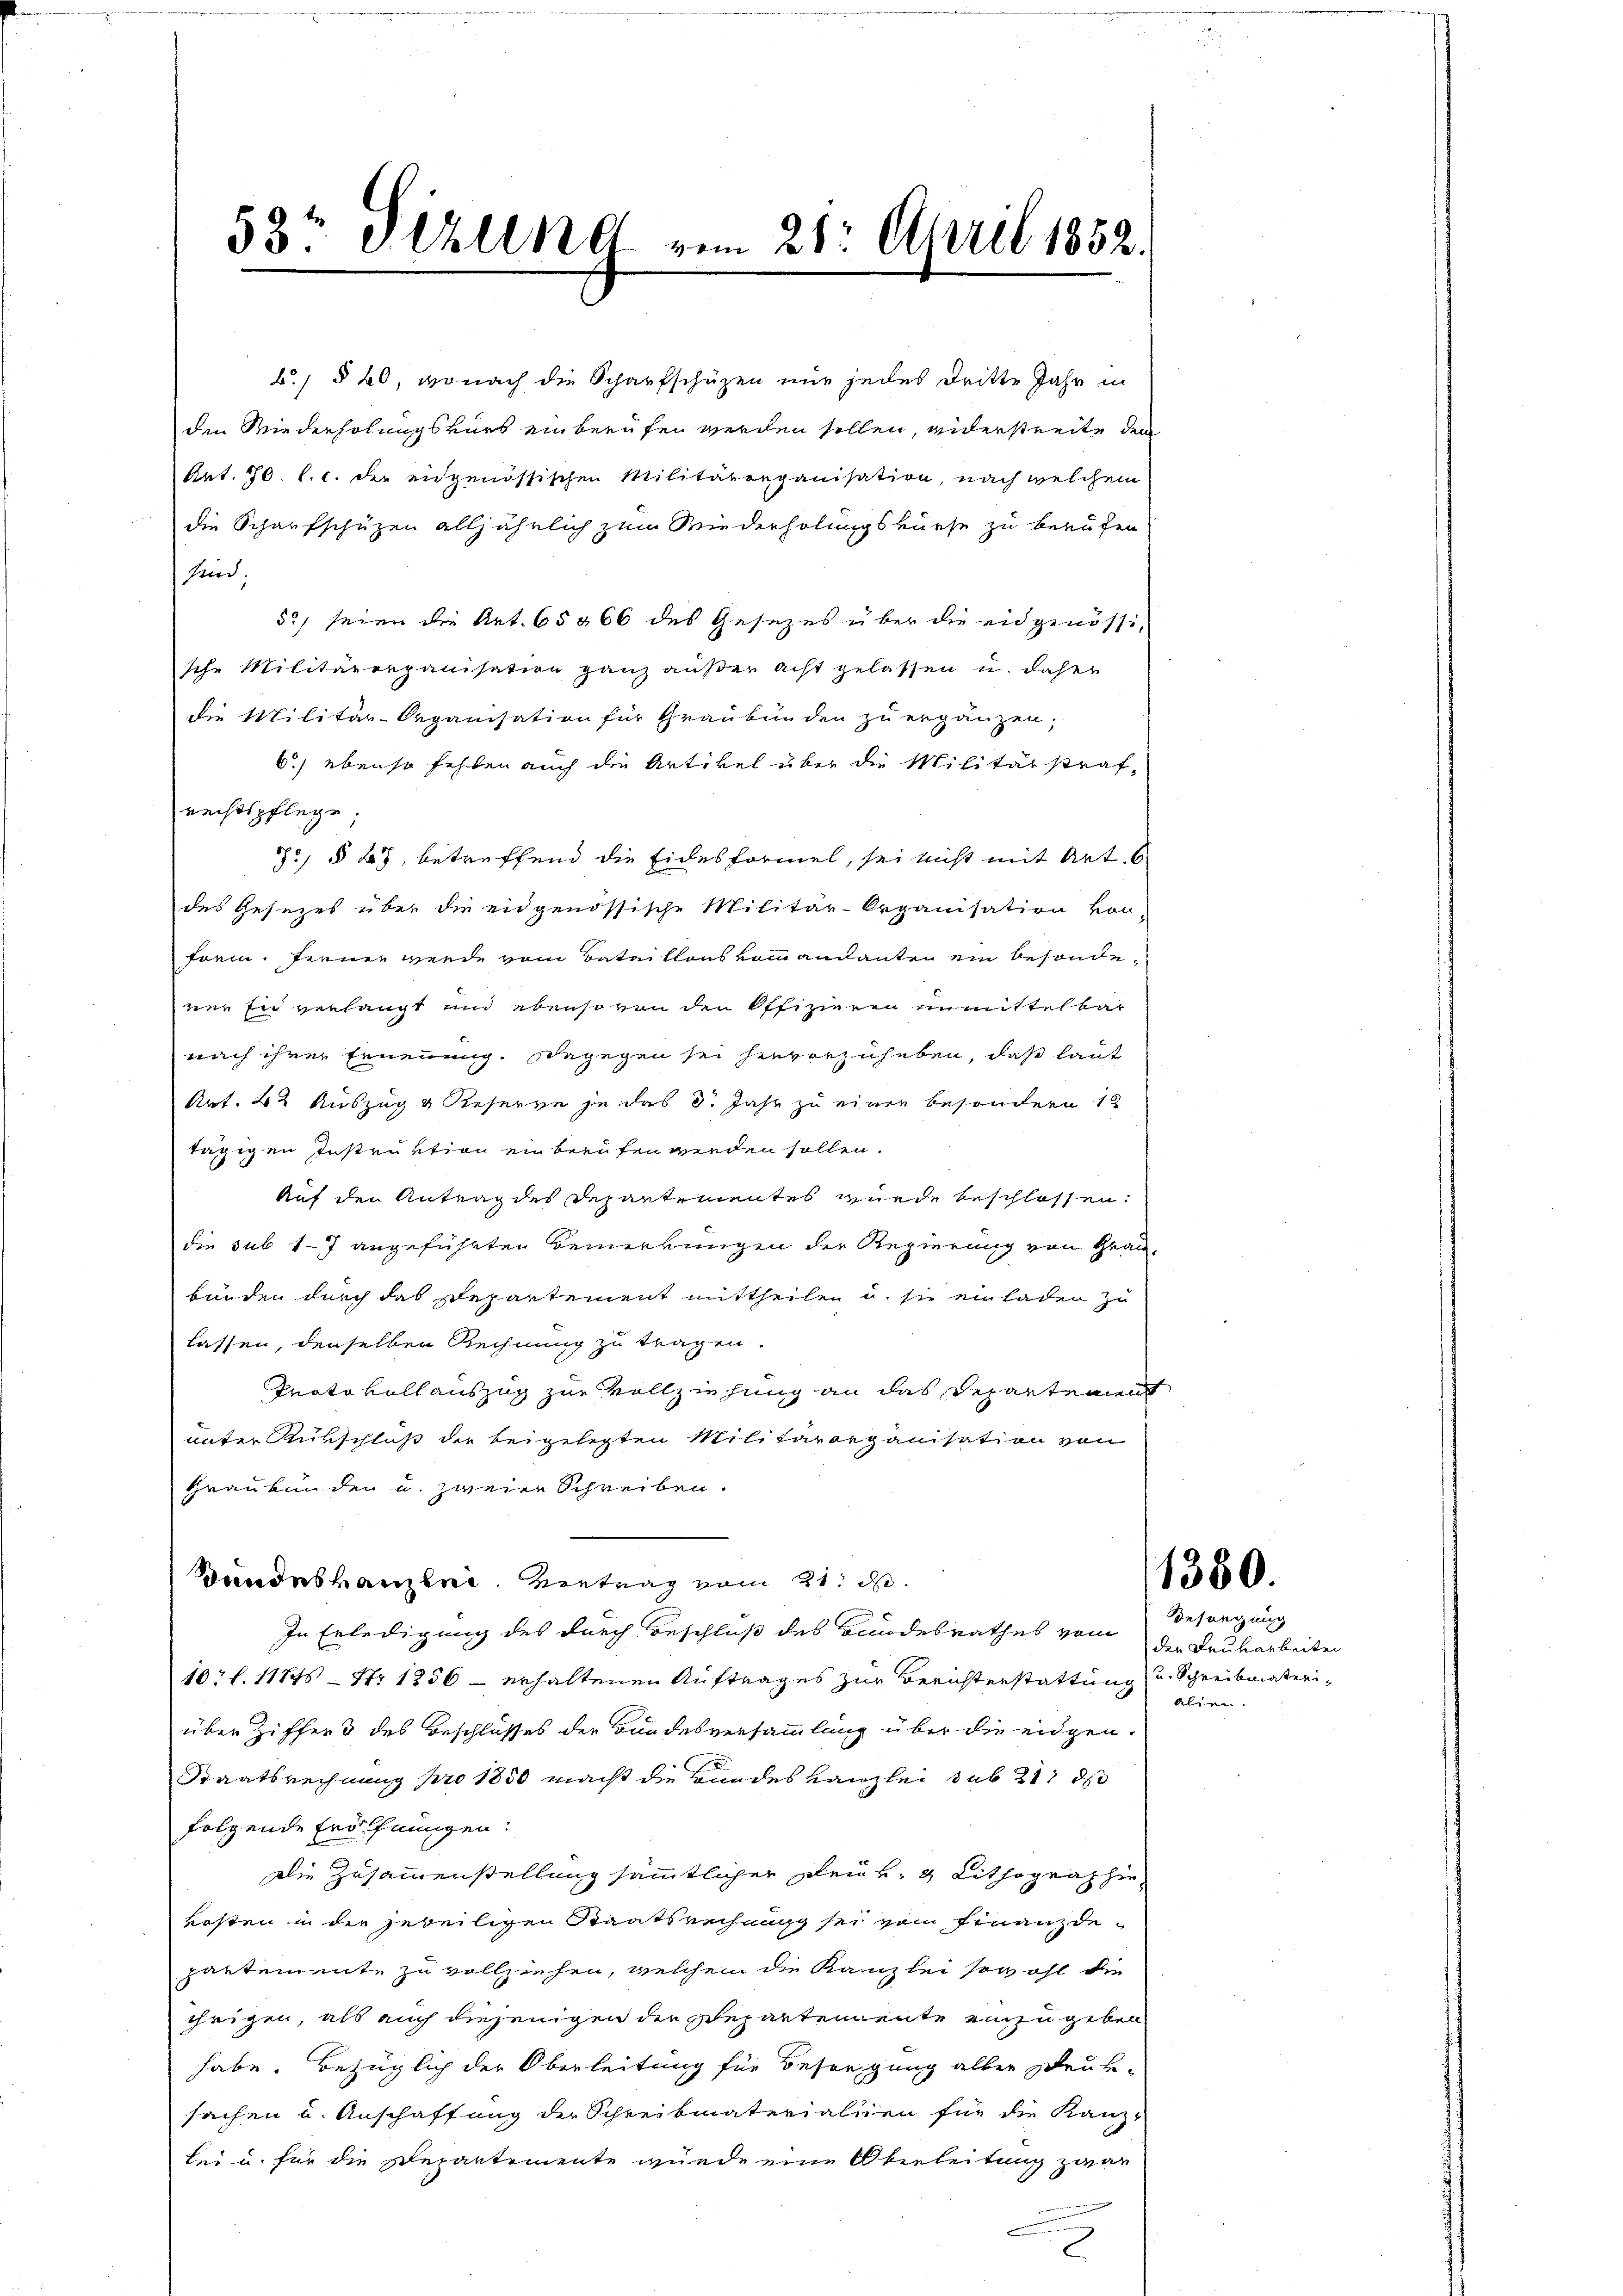
53ten Stylind vom 28. April 1852.

b., § 20, wonach die Scharfschützen nur jedes Dritte Jahr in
den Wiederholungskurs einberufen werden sollen, widerstreite de
Art. 70. l. c. der eidgenössischen Militärorganisation, nach welchem
die Scharfschützen alljährlich zum Wiederholungskurse zu berufen
sind.
5c) seien die Art. 65566 des Gesezes über die eidgenössi-
sche Militärorganisation ganz aŭβer acht gelassen u. daher
die Militär-Organisation für Graubünden zu ergänzen;
6.) ebenso fehlen auch die Artikel über die Militärstraf
rechtspflege.
) § 23, betreffend die Eidesformel, sei nicht mit Art. 6
des Gesezes über die eidgenössische Militär-Organisation von
form. Ferner werde vom Bataillons vommandanten ein besondener zu verlangt und ebenso von den Offizieren unmittelbar
nach ihrer Ernennung. Dagegen sei hievorzuheben, daß laut
Art. 42 Auszug & Reserve je das 3 Jahr zu einen besondern 18
tägigen Instruktion ein berufen werden sollen.
Auf den Antrag des Departementes wurde beschlossen:
die sub 17 angeführten Bemerkungen der Regierung von Graubunden durch das Departement mittheilen u. sie einladen zu
lassen, denselben Rechnung zu tragen.
Protokollauszug zur Vollziehung an das Departement
unter Rükschluß der beigelegten Militärorganisation von
Graubünden u. zweier Schreiben.
Bundeshanzene Vertrag vom 21. d.
In Erledigung des durch Beschluß des Bundesrathes vom
10 f. 11745 - Nr 1256 - erhaltenen Auftrages zur Berichterstattung u. Schreibmateriüber Ziffers des Beschlusses der Bundesversammlung über die eidgen.
Staatsrechnung pro 1850 macht die Bundes Kanzlei sub 21 d
folgende Eröffnungen:
Die Zusammenstellung sämmtlicher den u. 2 Lithographie
kosten in der jeweiligen Staatsrechnung sei vom Finanzdepartemente zu vollziehen, welchem die Kanzlei sowohl die
teigen, als auch diejenigen die Departendente einzugeben
habe. Bezüglich der Oberleitung für Besorgung aller Beur-
sachen u. Anschaffung der Schreibmaterialien für die Kanz-
bei u. für die Departemente wurde eine Oberleitung zwar
Fennen

1380.

Besorgung
den Reukarbeiten
alien.